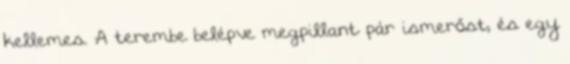
kellemes. A terembe belépve megpillant pár ismerőst, és egy